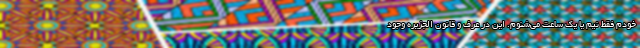
خودم فقط نیم یا یک ساعت می‌شنوم. این در عرف و قانون الجزیره وجود